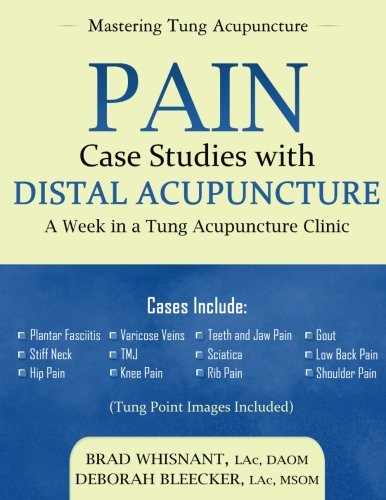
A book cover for Pain Case Studies with Distal Acupuncture: A Week in a Tung Acupuncture Clinic; Brad Whisnant; Health, Fitness & Dieting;